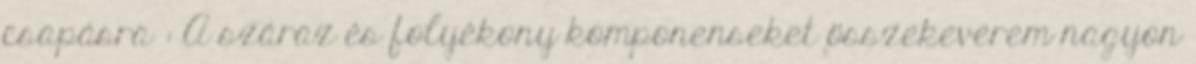
csapásra : A száraz és folyékony komponenseket összekeverem nagyon